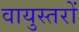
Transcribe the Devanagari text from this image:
वायुस्तरों